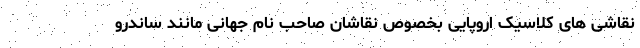
نقاشی های کلاسیک اروپایی بخصوص نقاشان صاحب نام جهانی مانند ساندرو